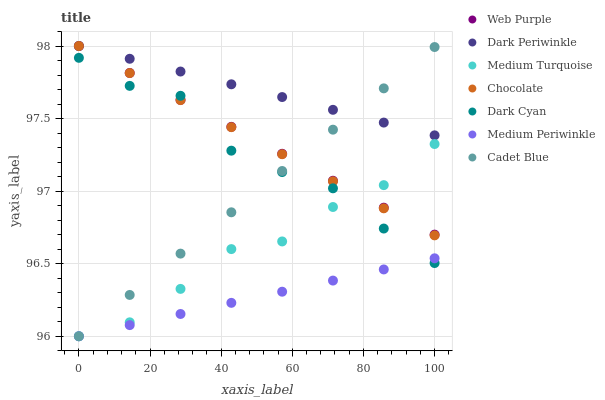
| xaxis_label | Web Purple | Dark Periwinkle | Medium Turquoise | Chocolate | Dark Cyan | Medium Periwinkle | Cadet Blue |
 | --- | --- | --- | --- | --- | --- | --- | --- |
 | 0 | 98 | 98 | 96 | 98 | 97.9 | 96 | 96 |
 | 14.3 | 97.8 | 97.9 | 96.1 | 97.8 | 97.7 | 96.1 | 96.3 |
 | 28.6 | 97.6 | 97.8 | 96.3 | 97.6 | 97.7 | 96.2 | 96.6 |
 | 42.9 | 97.4 | 97.7 | 96.6 | 97.4 | 97.3 | 96.2 | 96.9 |
 | 57.1 | 97.3 | 97.6 | 96.7 | 97.3 | 97.1 | 96.3 | 97.1 |
 | 71.4 | 97.1 | 97.6 | 96.9 | 97.1 | 97 | 96.4 | 97.4 |
 | 85.7 | 96.9 | 97.5 | 97 | 96.9 | 96.7 | 96.5 | 97.7 |
 | 100 | 96.7 | 97.4 | 97.3 | 96.7 | 96.5 | 96.5 | 98 |